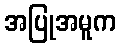
အပြုအမူက